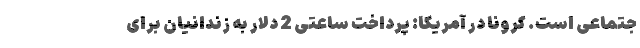
جتماعی است. کرونا در آمریکا: پرداخت ساعتی 2 دلار به زندانیان برای